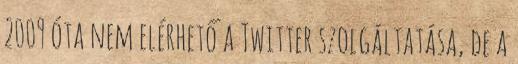
2009 óta nem elérhető a Twitter szolgáltatása, de a